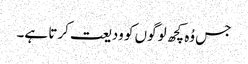
جس وُہ کچھ لوگوں کو ودیعت کرتا ہے۔